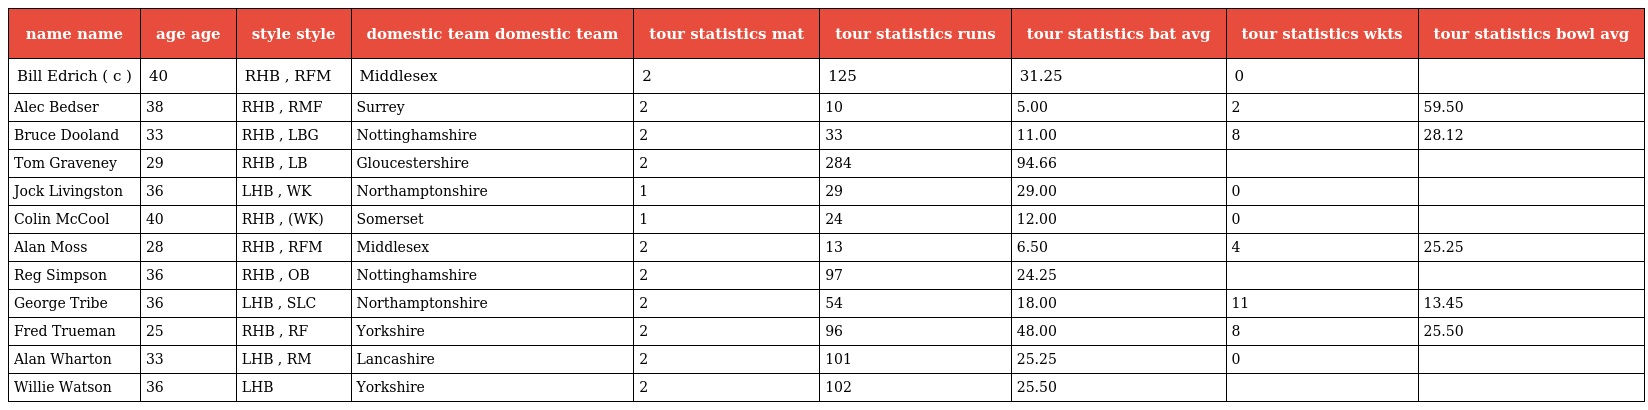
| name name | age age | style style | domestic team domestic team | tour statistics mat | tour statistics runs | tour statistics bat avg | tour statistics wkts | tour statistics bowl avg |
 | --- | --- | --- | --- | --- | --- | --- | --- | --- |
 | Bill Edrich ( c ) | 40 | RHB , RFM | Middlesex | 2 | 125 | 31.25 | 0 |  |
 | Alec Bedser | 38 | RHB , RMF | Surrey | 2 | 10 | 5.00 | 2 | 59.50 |
 | Bruce Dooland | 33 | RHB , LBG | Nottinghamshire | 2 | 33 | 11.00 | 8 | 28.12 |
 | Tom Graveney | 29 | RHB , LB | Gloucestershire | 2 | 284 | 94.66 |  |  |
 | Jock Livingston | 36 | LHB , WK | Northamptonshire | 1 | 29 | 29.00 | 0 |  |
 | Colin McCool | 40 | RHB , (WK) | Somerset | 1 | 24 | 12.00 | 0 |  |
 | Alan Moss | 28 | RHB , RFM | Middlesex | 2 | 13 | 6.50 | 4 | 25.25 |
 | Reg Simpson | 36 | RHB , OB | Nottinghamshire | 2 | 97 | 24.25 |  |  |
 | George Tribe | 36 | LHB , SLC | Northamptonshire | 2 | 54 | 18.00 | 11 | 13.45 |
 | Fred Trueman | 25 | RHB , RF | Yorkshire | 2 | 96 | 48.00 | 8 | 25.50 |
 | Alan Wharton | 33 | LHB , RM | Lancashire | 2 | 101 | 25.25 | 0 |  |
 | Willie Watson | 36 | LHB | Yorkshire | 2 | 102 | 25.50 |  |  |